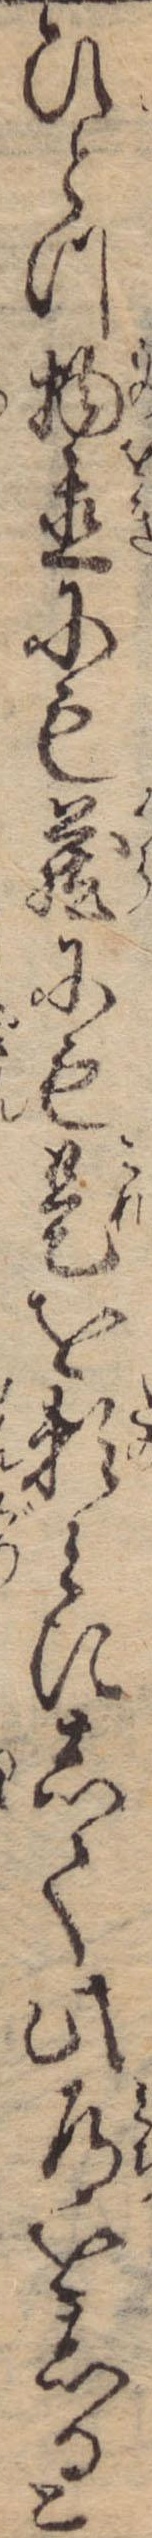
ひとつ物置にも蔵にも是を頼みにして此道をしると